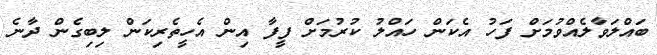
ބައްލަވާލެއްވުމަށް ފަހު އެކަން ހައްލު ކުރުމަށް ފީފާ އިން އެހީތެރިކަން ލިބިގެން ދާނެ